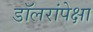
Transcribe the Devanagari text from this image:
डॉलरांपेक्षा